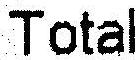
TOTAL